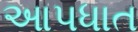
આપધાત